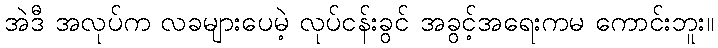
အဲဒီ အလုပ်က လခများပေမဲ့ လုပ်ငန်းခွင် အခွင့်အရေးကမ ကောင်းဘူး။